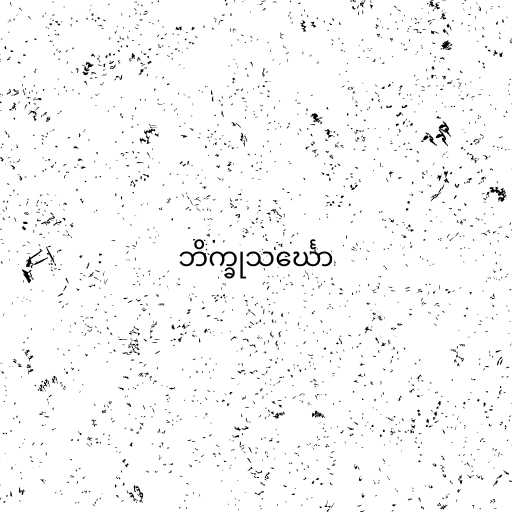
ဘိက္ခုသင်္ဃော